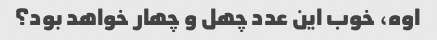
اوه، خوب این عدد چهل و چهار خواهد بود؟